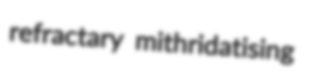
refractary mithridatising